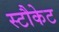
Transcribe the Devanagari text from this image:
स्टौकेट